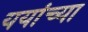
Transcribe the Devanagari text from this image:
ययांच्या